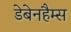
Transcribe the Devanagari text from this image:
डेबेनहैम्स